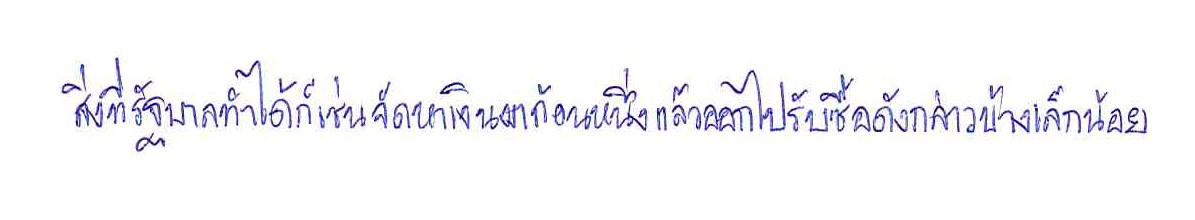
สิ่งที่รัฐบาลทำได้ก็เช่นจัดหาเงินมาก้อนหนึ่งแล้วออกไปรับซื้อดังกล่าวบ้างเล็กน้อย